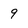
Character: 9